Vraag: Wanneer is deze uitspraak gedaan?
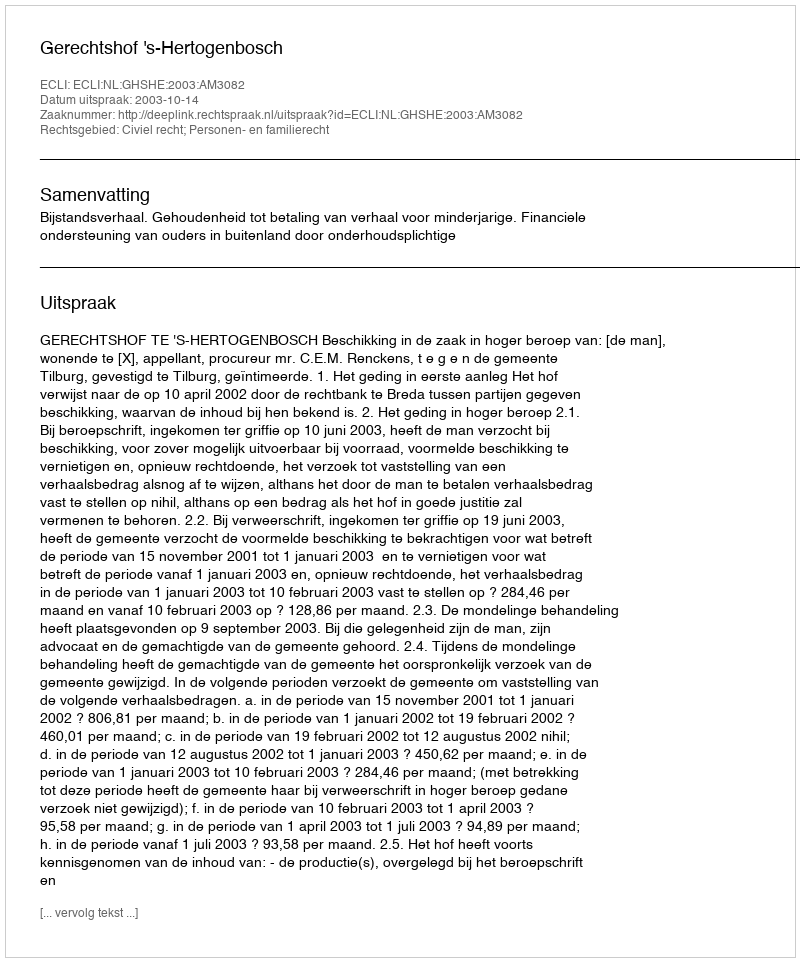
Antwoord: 2003-10-14